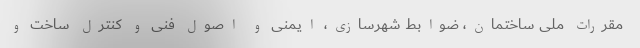
مقررات ملی ساختمان، ضوابط شهرسازی، ایمنی و اصول فنی و کنترل ساخت و